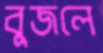
বুজলে